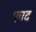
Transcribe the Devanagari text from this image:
फाद